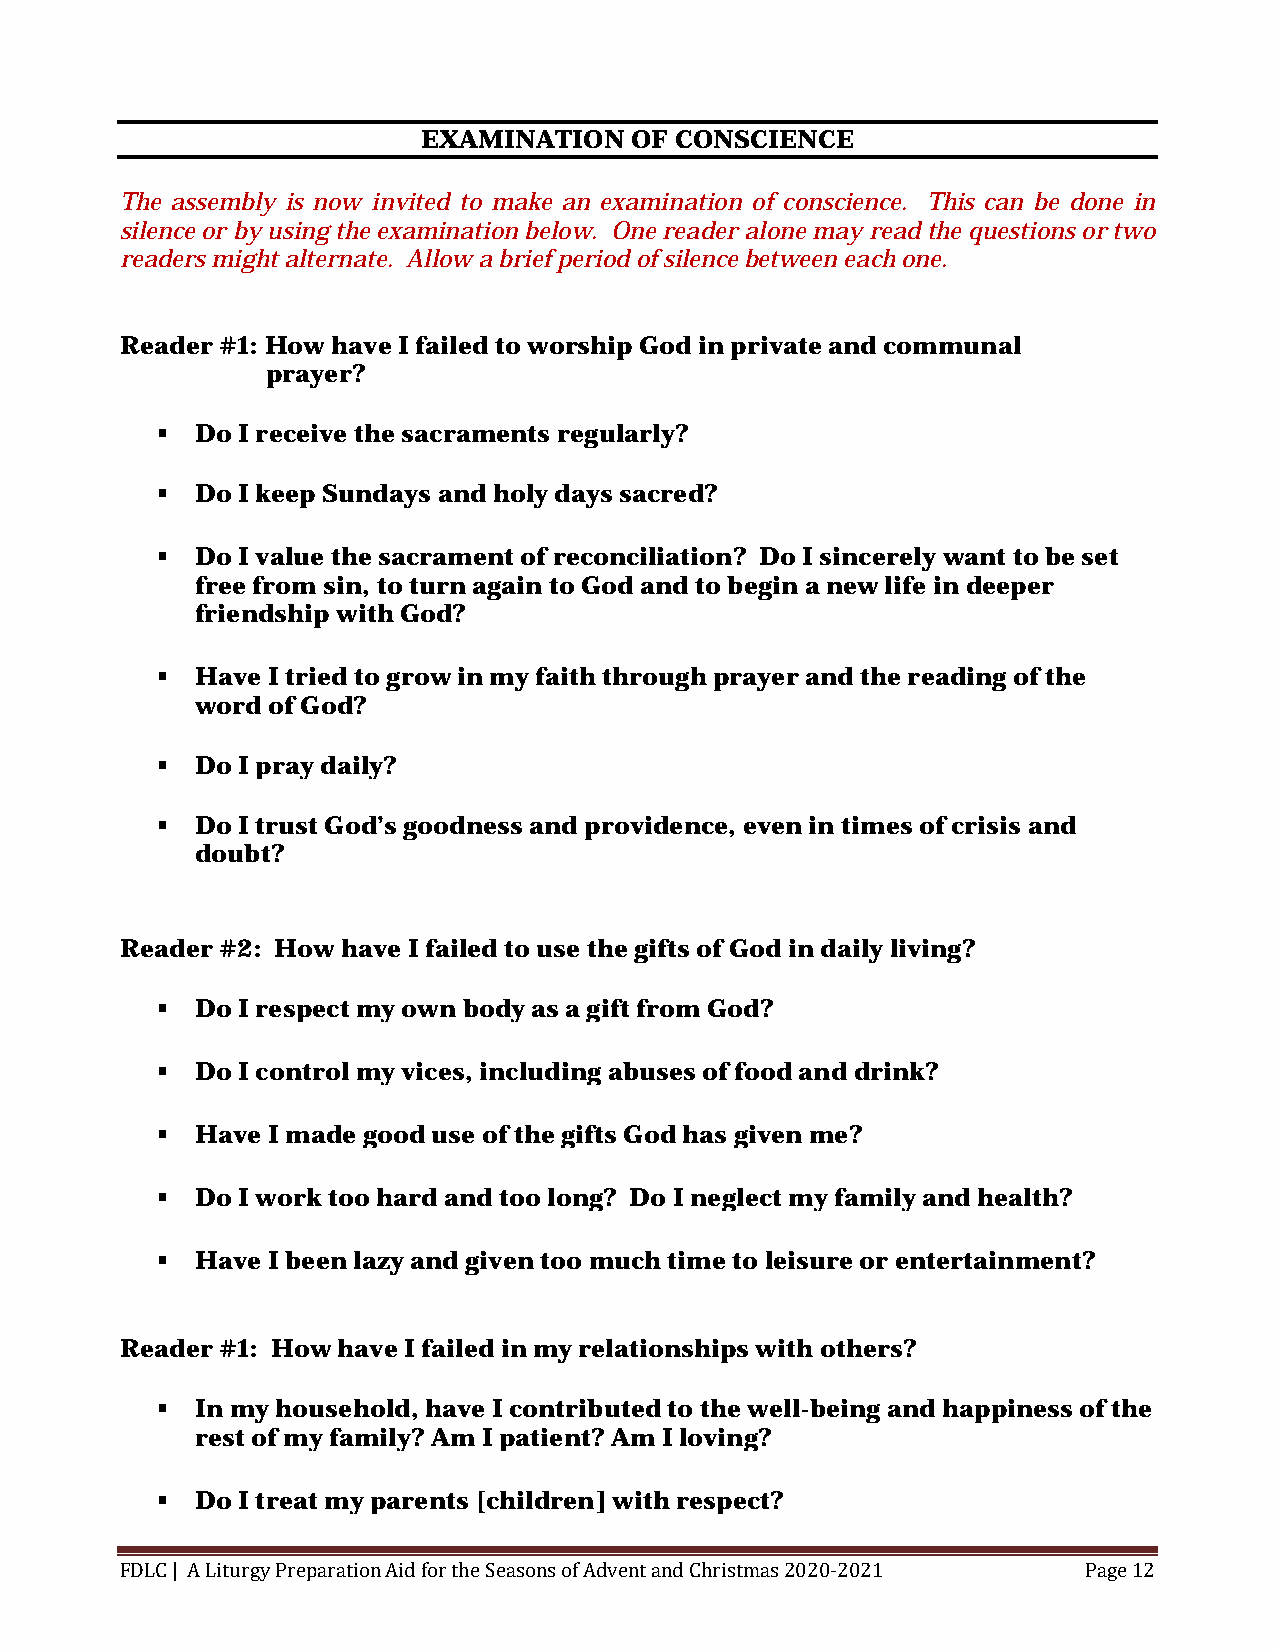
EXAMINATION   OF CONSCIENCE
 The assembly is now invited to make an examination of conscience. This can be done in
 silence or by using the examination below. One reader alone may read the questions or two
 readers might alternate. Allow a brief period of silence between each one.
 Reader #1: How have I failed to worship God in private and communal
 prayer?
   Do I receive the sacraments regularly?
   Do I keep Sundays and holy days sacred?
   Do I value the sacrament of reconciliation? Do I sincerely want to be set
 free from sin, to turn again to God and to begin a new life in deeper
 friendship with God?
   Have I tried to grow in my faith through prayer and the reading of the
 word of God?
   Do I pray daily?
   Do I trust God’s goodness and providence, even in times of crisis and
 doubt?
 Reader #2: How have I failed to use the gifts of God in daily living?
   Do I respect my own body as a gift from God?
   Do I control my vices, including abuses of food and drink?
   Have I made good use of the gifts God has given me?
   Do I work too hard and too long? Do I neglect my family and health?
   Have I been lazy and given too much time to leisure or entertainment?
 Reader #1: How have I failed in my relationships with others?
   In my household, have I contributed to the well-being and happiness of the
 rest of my family? Am I patient? Am I loving?
   Do I treat my parents [children] with respect?
 FDLC | A Liturgy Preparation Aid for the Seasons of Advent and Christmas 2020-2021 Page 12